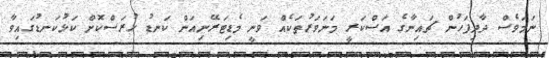
ނަމަވެސް ދާދިފަހުން ޗައިނާގެ އަސްކަރީ މަނަވަރުތަކެއް ވަނީ މެޑިޓަރޭނިއަން ކަނޑު ހުރަސްކޮށް ކަޅުކަނޑުގައިވާ